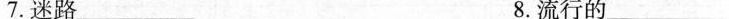
7.迷路_________8.流行的_________